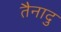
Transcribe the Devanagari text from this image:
तैनादु